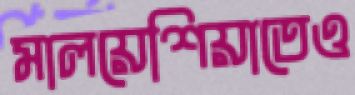
মালয়েশিয়াতেও